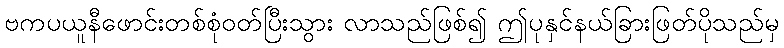
ဗကပယူနီဖောင်းတစ်စုံဝတ်ပြီးသွား လာသည်ဖြစ်၍ ဤပုနှင်နယ်ခြားဖြတ်ပိုသည်မှ